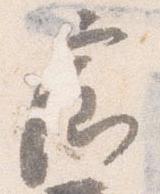
廊